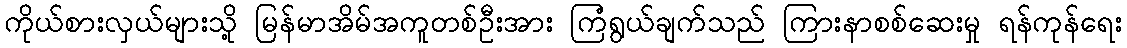
ကိုယ်စားလှယ်များသို့ မြန်မာအိမ်အကူတစ်ဦးအား ကြံရွယ်ချက်သည် ကြားနာစစ်ဆေးမှု ရန်ကုန်ရေး